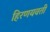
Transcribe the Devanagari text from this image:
हिरणयवती